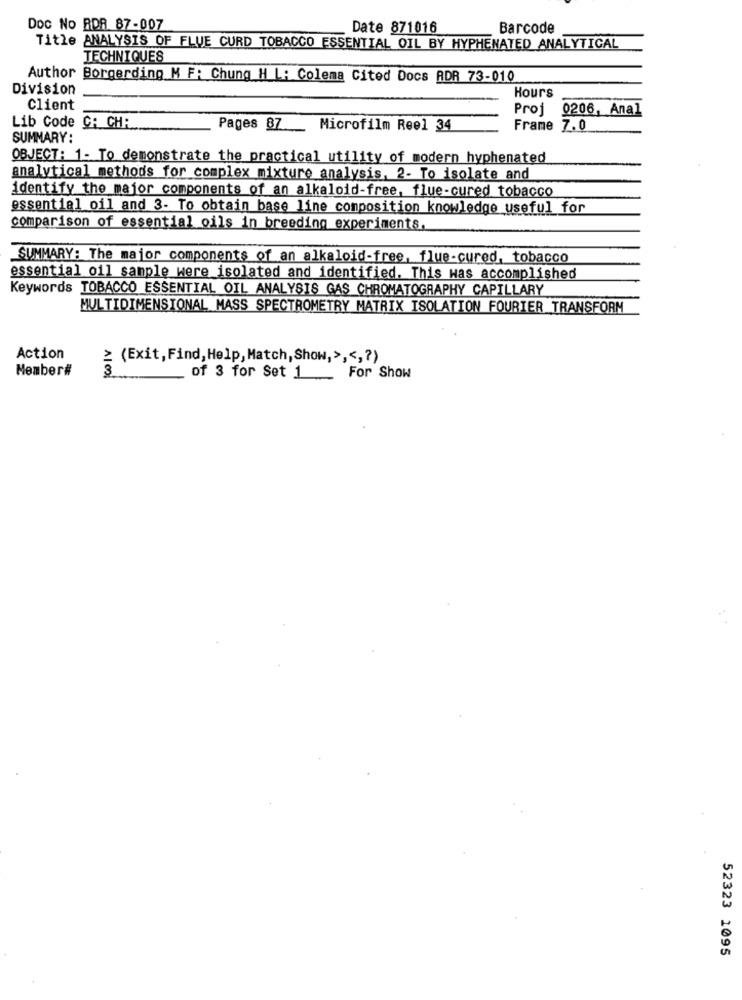
DOC No RDR 87-007
Date 871016
Barcode
Title ANALYSIS OF FLUE CURD TOBACCO ESSENTIAL OIL BY HYPHENATED ANALYTICAL
TECHNIQUES
Author Borgerding M F: Chung H L: Colema Cited Docs ADR 73-010
Division
Hours
Client
Proj 0206, Anal
Lib Code C: CHR
Pages 87 _ Microfilm Reel 34
Frame 7.0
SUMMARY:
OBJECT: 1- To demonstrate the practical utility of modern hyphenated
analytical methods for complex mixture analysis, 2- To isolate and
identify the major components of an alkaloid-free, flue-cured tobacco
essential oil and 3- To obtain base line composition knowledge useful for
comparison of essential oils in breeding experiments.
SUMMARY: The major components of an alkaloid-free, flue-cured, tobacco
essential oil sample were isolated and identified. This was accomplished
Keywords TOBACCO ESSENTIAL OIL ANALYSIS GAS CHROMATOGRAPHY CAPILLARY
MULTIDIMENSIONAL MASS SPECTROMETRY MATRIX ISOLATION FOURIER TRANSFORM
Action
≥ (Exit, Find, Help, Match, Show,> ,<,? )
Member#
3
of 3 for Set 1 _ For Show
52323 1095